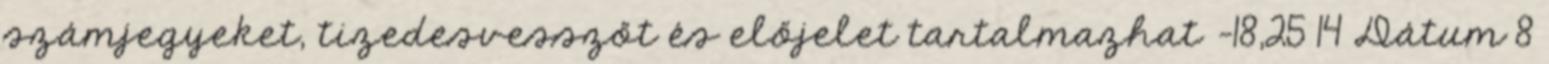
számjegyeket, tizedesvesszőt és előjelet tartalmazhat -18,25 14 Dátum 8